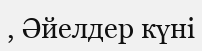
, Әйелдер күні